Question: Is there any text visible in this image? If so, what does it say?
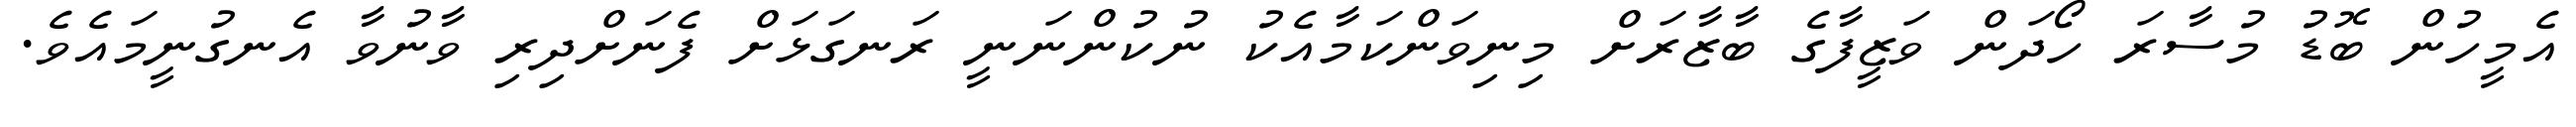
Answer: އެމީހުން ބޮޑު މުސާރަ ހޯދަން ވަޒީފާގެ ބާޒާރަށް މިނިވަންކަމާއެކު ނުކުންނަނީ ރަނގަޅަށް ފެނަށްދިރި ވާނުވާ އެނގުނީމައެވެ.